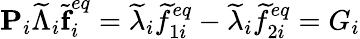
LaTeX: \textbf{P}_{i}\widetilde{\Lambda}_{i}\widetilde{\textbf{f}}_{i}^{eq}=\widetilde{\lambda}_{i}\widetilde{f}_{1i}^{eq}-\widetilde{\lambda}_{i}\widetilde{f}_{2i}^{eq}=G_{i}